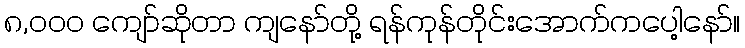
၈,၀၀၀ ကျော်ဆိုတာ ကျနော်တို့ ရန်ကုန်တိုင်းအောက်ကပေါ့နော်။